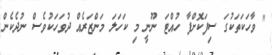
" ވާހަކަތަކުގަ ސިފަކޮށްފާ ހުއްޓަ ނޫނީ މި ކަހަލަ މަންޒަރެއް ދުވަހަކުވެސް ނުދެކެން